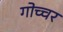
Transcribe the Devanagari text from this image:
गोच्चर